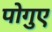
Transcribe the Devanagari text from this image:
पोगुए